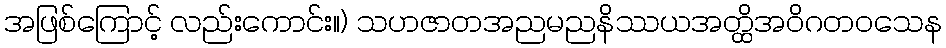
အဖြစ်ကြောင့် လည်းကောင်း။) သဟဇာတအညမညနိဿယအတ္ထိအဝိဂတဝသေန